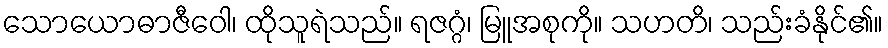
သောယောဓာဇီဝေါ၊ ထိုသူရဲသည်။ ရဇဂ္ဂံ၊ မြူအစုကို။ သဟတိ၊ သည်းခံနိုင်၏။